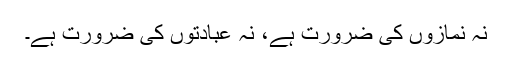
نہ نمازوں کی ضرورت ہے، نہ عبادتوں کی ضرورت ہے۔